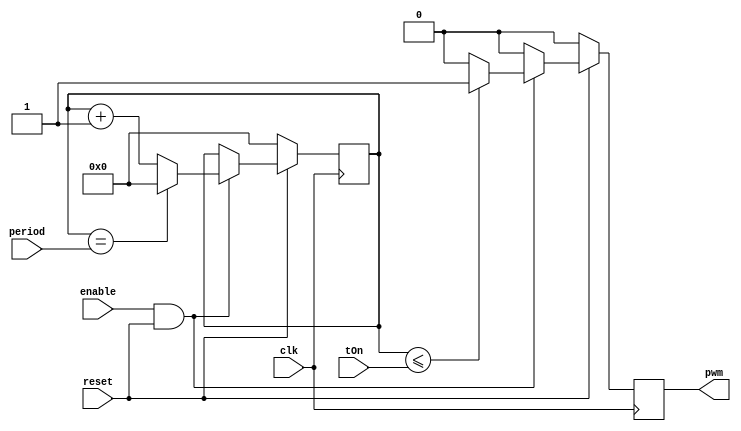
module PWMCore(
    input clk,
    input [15:0] period,
    input [7:0] tOn,
    input enable,
    input reset,
    output pwm
    );
//1us de clock input

//parameter tOnMax = 200;
//parameter periodMin = 2000;

reg [15:0] pwmcounter = 0;
wire rst = ~reset;

reg saida = 0;

always @(posedge clk)
begin
        if(enable & ~rst ) 
        begin
                if(pwmcounter <= tOn)
                    saida <= 1;
                else
                    saida <= 0;
                if(pwmcounter == period)
                    pwmcounter <= 0;
                else
                    pwmcounter <= pwmcounter +1;
        end
        else
            saida <= 0;
        if(rst)
        begin
            pwmcounter <= 0;
            saida <= 0;
        end
end

assign pwm = saida;

endmodule